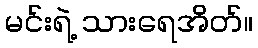
မင်းရဲ့ သားရေအိတ်။